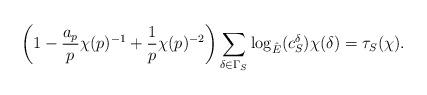
LaTeX: \begin{gather*}\left(1-\frac{a_p}{p}\chi(p)^{-1} + \frac{1}{p}\chi(p)^{-2}\right)\sum_{\delta\in \Gamma_S}\log_{\hat{E}}(c_S^{\delta})\chi(\delta) = \tau_S(\chi).\end{gather*}